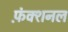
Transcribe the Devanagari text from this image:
फ़ंक्शनल